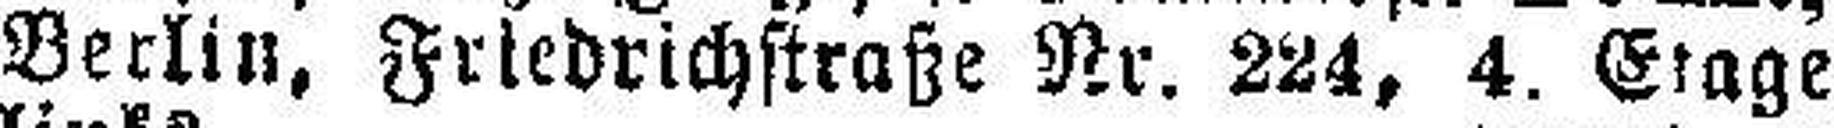
Berlin, Friedrichstraße Nr. 224, 4. Etage